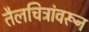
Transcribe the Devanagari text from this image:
तैलचित्रांवरून